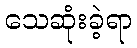
သေဆုံးခဲ့ရာ